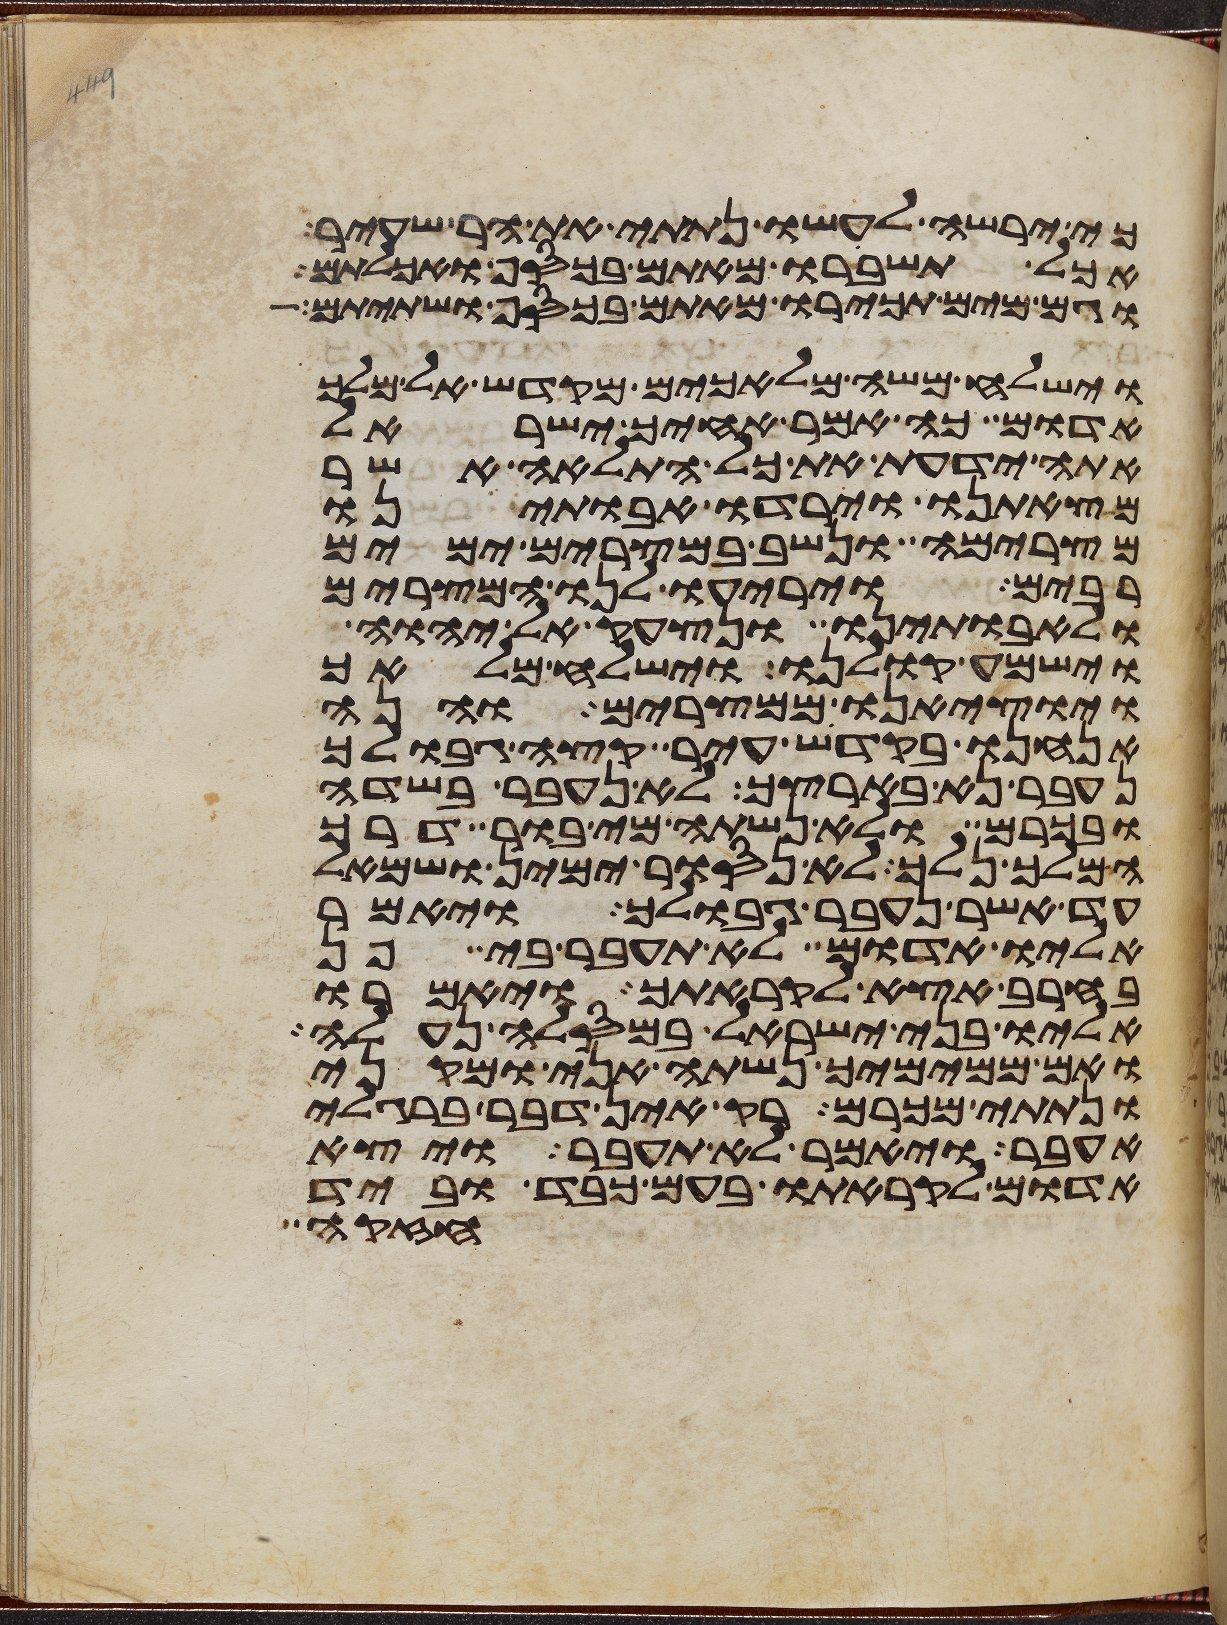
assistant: כי ירשה לעשו נתתי את הר שעיר
אכל תשברו מאתם בכסף ואכלתם
וגם מים תכירו מאתם בכסף ושתיתם
וישלח משה מלאכים מקדש אל מלך
אדום כה אמר אחיך ישראל
אתה ידעת את כל התלאה אשר
מצאתנו וירדו אבתינו
מצרימה ונשב במצרים ימים
רבים ויריעו לנו המצרים
ולאבתינו ונצעק אל יהוה
וישמע קולנו וישלח מלאך
ויוציאנו ממצרים והנה
אנחנו בקדש עיר קצה גבולך
נעבר נא בארצך לא נעבר בשדה
ובכרם ולא נשתה מי בור דרך
המלך נלך לא נסור ימין ושמאל
עד אשר נעבר גבולך ויאמר
אליו אדום לא תעבר בי פן
בחרב אצא לקראתך ויאמרו
אליו בני ישראל במסלה נעלה
ואם ממימיך נשתה אני ומקני
ונתתי מכרם רק אין דבר ברגלי
אעבר ויאמר לא תעבר ויצא
אדום לקראתו בעם כבד וביד
חזקה